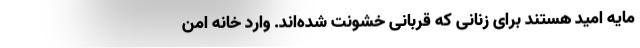
مایه امید هستند برای زنانی که قربانی خشونت شده‌اند. وارد خانه امن